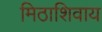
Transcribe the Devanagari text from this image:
मिठाशिवाय